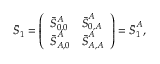
\begin{array} { r } { \boldsymbol { \bar { { S } } } _ { 1 } = \left( \begin{array} { l l } { \bar { { S } } _ { 0 , 0 } ^ { A } } & { \boldsymbol { \bar { { S } } } _ { 0 , A } ^ { A } } \\ { \boldsymbol { \bar { { S } } } _ { A , 0 } ^ { A } } & { \boldsymbol { \bar { { S } } } _ { A , A } ^ { A } } \end{array} \right) = \boldsymbol { \bar { { S } } } _ { 1 } ^ { A } , } \end{array}